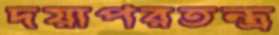
দয়াপরতন্ত্র